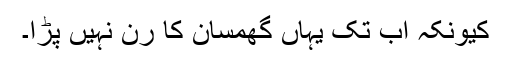
کیونکہ اب تک یہاں گھمسان کا رن نہیں پڑا۔